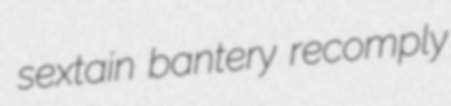
sextain bantery recomply